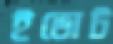
ইভোট